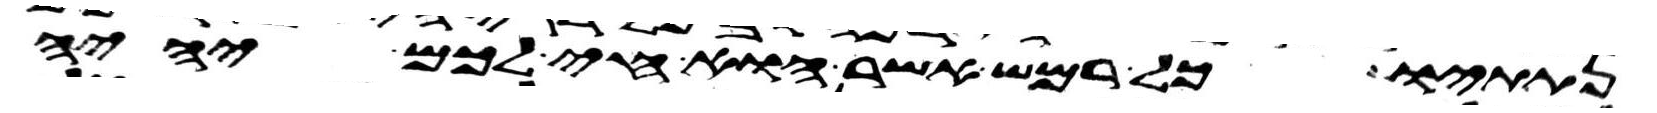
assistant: נתתיו כל רמש אשר הוא חי לכם יהיה